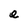
Character: e